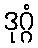
ဒုဂ္ဂံ